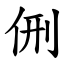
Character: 侀